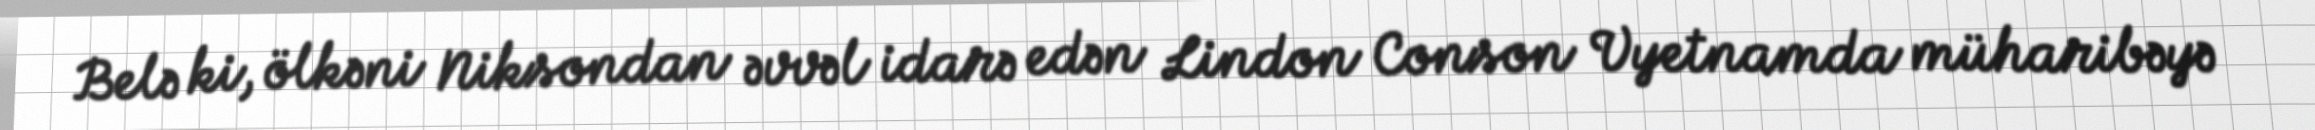
Belə ki, ölkəni Niksondan əvvəl idarə edən Lindon Conson Vyetnamda müharibəyə